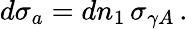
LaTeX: d\sigma_{a}=dn_{1}\, \sigma_{\gamma A}\, .